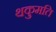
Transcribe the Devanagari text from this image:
थकुमति